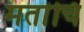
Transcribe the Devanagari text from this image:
मतांचि